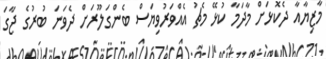
މާޒިޔާއާ ދެކޮޅަށް މާދަމާ ކުޅޭ މެޗު އެއްވަރުވިޔަސް ބެންގަލޫރަށް ދެވަނަ ބުރުގެ ޖާގަ